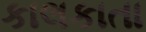
કાલકાતા